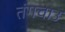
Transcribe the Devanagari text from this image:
तंगचाउ